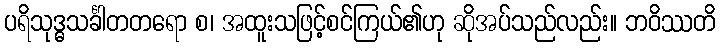
ပရိသုဒ္ဓသင်္ခါတတရော စ၊ အထူးသဖြင့်စင်ကြယ်၏ဟု ဆိုအပ်သည်လည်း။ ဘဝိဿတိ